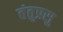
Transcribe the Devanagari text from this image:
तंतुप्रसु